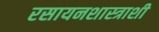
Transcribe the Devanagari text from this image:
रसायनशास्त्राशी